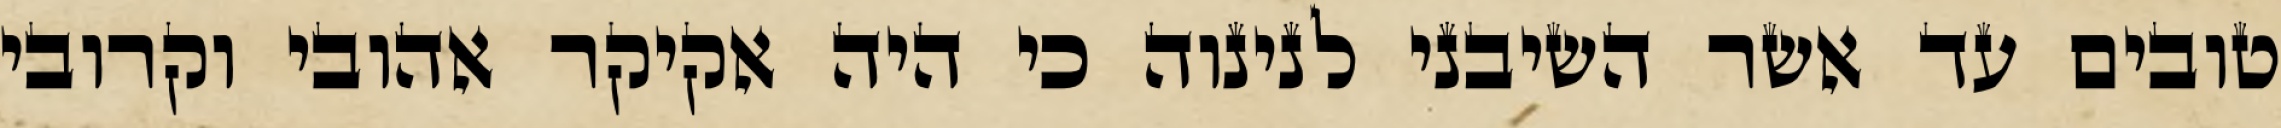
טובים עד אשר השיבני לנינוה כי היה אקיקר אהובי וקרובי